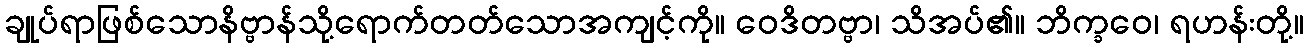
ချုပ်ရာဖြစ်သောနိဗ္ဗာန်သို့ရောက်တတ်သောအကျင့်ကို။ ဝေဒိတဗ္ဗာ၊ သိအပ်၏။ ဘိက္ခဝေ၊ ရဟန်းတို့။